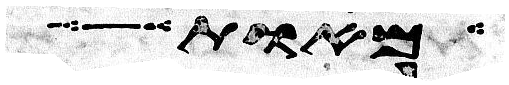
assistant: מאות